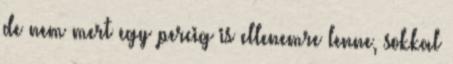
de nem mert egy percig is ellenemre lenne, sokkal